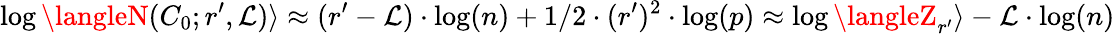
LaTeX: \log\langleN(C_{0};r^{\prime},\mathcal{L})\rangle\approx(r^{\prime}-\mathcal{L})\cdot\log(n)+1/2\cdot(r^{\prime})^{2}\cdot\log(p)\approx\log\langleZ_{r^{\prime}}\rangle-\mathcal{L}\cdot\log(n)